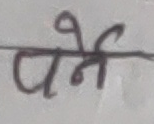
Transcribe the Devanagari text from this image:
पर्ने